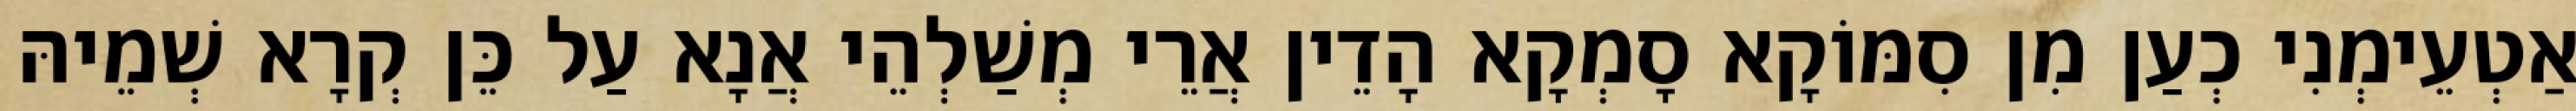
אַטְעֵימְנִי כְעַן מִן סִמּוֹקָא סָמְקָא הָדֵין אֲרֵי מְשַׁלְהֵי אֲנָא עַל כֵּן קְרָא שְׁמֵיהּ